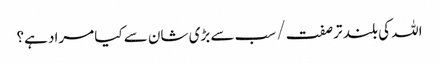
اللہ کی بلند تر صفت / سب سے بڑی شان سے کیا مراد ہے؟